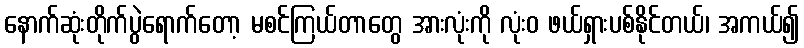
နောက်ဆုံးတိုက်ပွဲရောက်တော့ မစင်ကြယ်တာတွေ အားလုံးကို လုံးဝ ဖယ်ရှားပစ်နိုင်တယ်၊ အကယ်၍